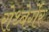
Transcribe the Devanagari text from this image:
रोथ्बेर्गेर